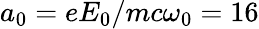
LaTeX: a_{0}=eE_{0}/mc\omega_{0}=16